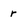
Character: r